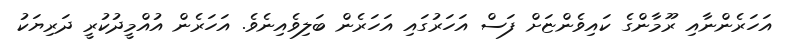
އަހަރެންނާއި ރޫމާންގެ ކައިވެންޏަށް ފަސް އަހަރުގައި އަހަރެން ބަލިވެއިނެވެ. އަހަރެން އުއްމީދުކުރީ ދަރިޔަކު